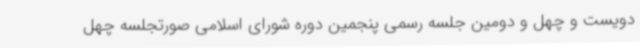
دویست و چهل و دومین جلسه رسمی پنجمین دوره شورای اسلامی صورتجلسه چهل